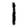
Digit: 1